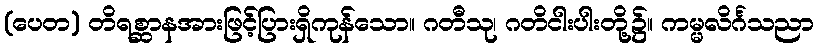
(ပေတ) တိရစ္ဆာနအားဖြင့်ပြားရှိကုန်သော။ ဂတီသု၊ ဂတိငါးပါးတို့၌။ ကမ္မလိင်္ဂသညာ